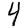
Digit: 4